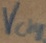
Text: Vcharge